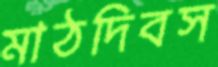
মাঠদিবস